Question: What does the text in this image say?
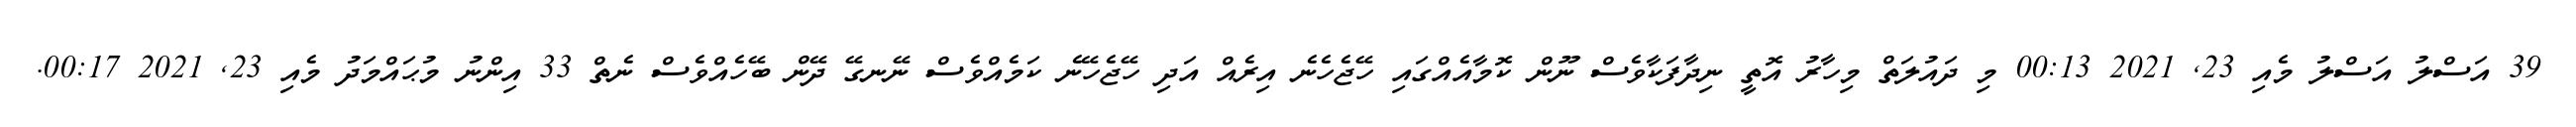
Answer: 39 އަސްލު އަސްލު މެއި 23, 2021 00:13 މި ދައުލަތް މިހާރު އޮތީ ނިދާފަކާވެސް ނޫން ކޮމާއެއްގައި ހޭޖެހެނެ އިރެއް އަދި ހޭޖެހޭނެ ކަމެއްވެސް ނޭނގޭ ދޭން ބޭހެއްވެސް ނެތް 33 އިންނު މުޙައްމަދު މެއި 23, 2021 00:17.